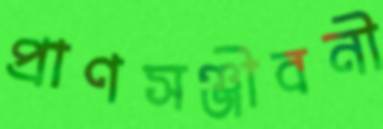
প্রাণসঞ্জীবনী